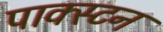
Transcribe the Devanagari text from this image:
पाक्स्टन